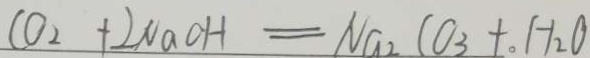
C O _ { 2 } + 2 N a C H = N a _ { 2 } C O _ { 3 } + . 。 H _ { 2 } O